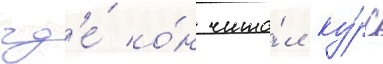
гд'е́ о́н чита́л ку́рс